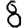
Digit: 8